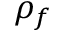
\rho _ { f }